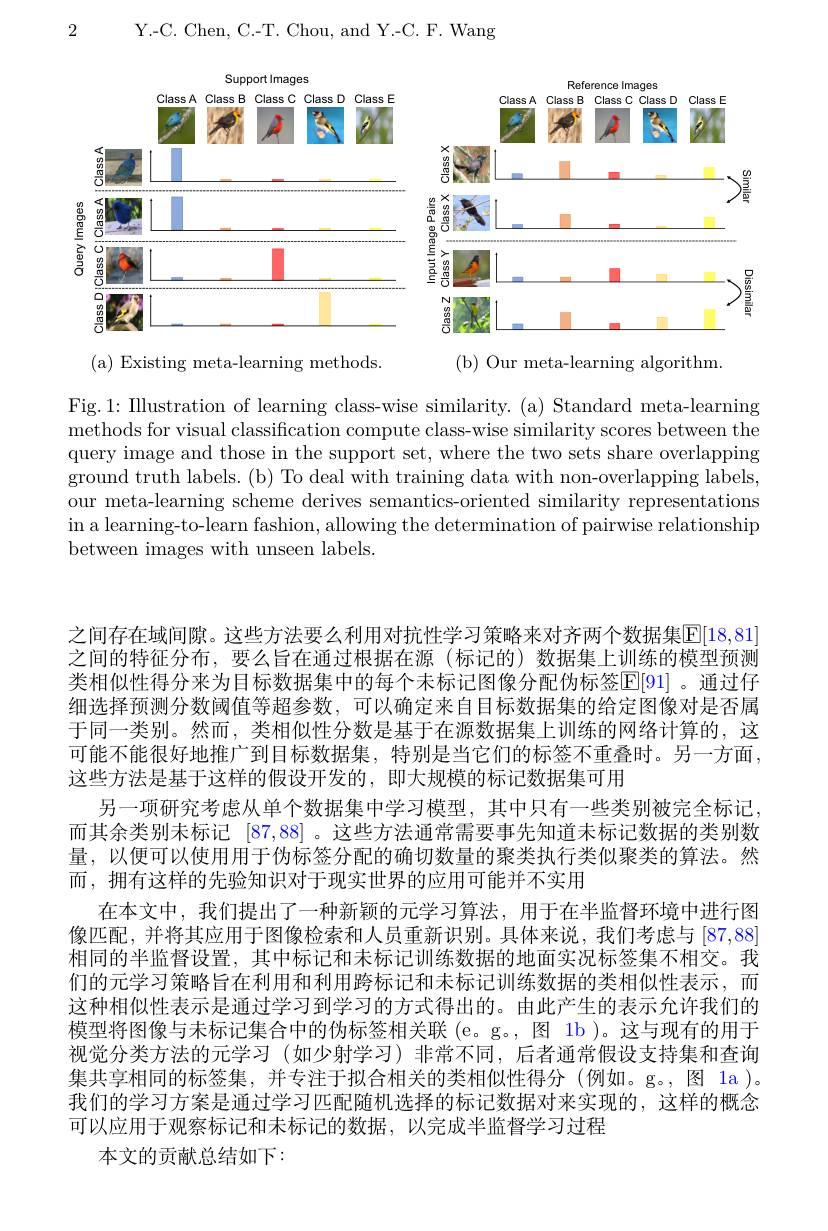
Y.-C. Chen, C.-T. Chou, and Y.-C. F. Wang

2

<FigureHere>

( a) Existing meta- learning methods.

(b) Our meta-learning algorithm.

Fig.1: Illustration of learning class-wise similarity. (a) Standard meta-learning $\bar{\text{methods for visual classification compute class-wise similarity scores between the}}$ query image and those in the support set, where the two sets share overlapping ground truth labels. (b) To deal with training data with non-overlapping labels, our meta-learning scheme derives semantics-oriented similarity representations in a learning-to-learn fashion, allowing the determination of pairwise relationship between images with unseen labels.

之间存在域间隙。这些方法要么利用对抗性学习策略来对齐两个数据集$\mathbb{E}[18,81]$ 之间的特征分布，要么旨在通过根据在源(标记的)数据集上训练的模型预测类相似性得分来为目标数据集中的每个未标记图像分配伪标签$\mathbb{E}[91]$。通过仔细选择预测分数阈值等超参数，可以确定来自目标数据集的给定图像对是否属于同一类别。然而，类相似性分数是基于在源数据集上训练的网络计算的，这可能不能很好地推广到目标数据集，特别是当它们的标签不重叠时。另一方面， 这些方法是基于这样的假设开发的，即大规模的标记数据集可用
另一项研究考虑从单个数据集中学习模型，其中只有一些类别被完全标记而其余类别未标记 [87,88] 。这些方法通常需要事先知道未标记数据的类别数量，以便可以使用用于伪标签分配的确切数量的聚类执行类似聚类的算法。然而，拥有这样的先验知识对于现实世界的应用可能并不实用
在本文中，我们提出了一种新颖的元学习算法，用于在半监督环境中进行图像匹配，并将其应用于图像检索和人员重新识别。具体来说，我们考虑与[87,88] 相同的半监督设置，其中标记和未标记训练数据的地面实况标签集不相交。我们的元学习策略旨在利用和利用跨标记和未标记训练数据的类相似性表示，而这种相似性表示是通过学习到学习的方式得出的。由此产生的表示允许我们的模型将图像与未标记集合中的伪标签相关联 (e。g。, 图 1b )。这与现有的用于视觉分类方法的元学习(如少射学习)非常不同，后者通常假设支持集和查询集共享相同的标签集，并专注于拟合相关的类相似性得分(例如。g。,图 la)。我们的学习方案是通过学习匹配随机选择的标记数据对来实现的，这样的概念可以应用于观察标记和未标记的数据，以完成半监督学习过程
本文的贡献总结如下：